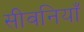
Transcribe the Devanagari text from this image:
सीवनियाँ